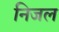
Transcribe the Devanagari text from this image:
निजल